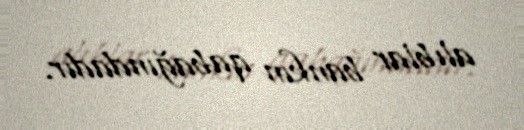
alıblar bankın qabağındadır.